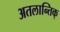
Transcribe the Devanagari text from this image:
अतलान्तिक्